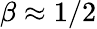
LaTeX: \beta\approx 1/2